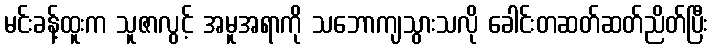
မင်းခန့်ထူးက သူဇာလွင့် အမူအရာကို သဘောကျသွားသလို ခေါင်းတဆတ်ဆတ်ညိတ်ပြီး